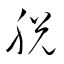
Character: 脱